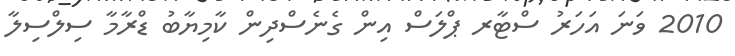
2010 ވަނަ އަހަރު ސްޓާރ ޕްލަސް އިން ގެނެސްދިން ކާމިޔާބު ޑްރާމާ ސިލްސިލާ